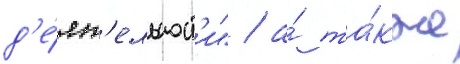
д'е́ят'ельност'и" / а́ та́кже